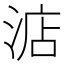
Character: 𣷀